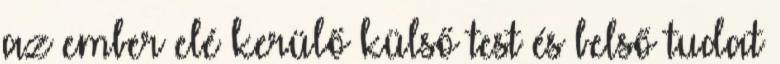
az ember elé kerülő külső test és belső tudat